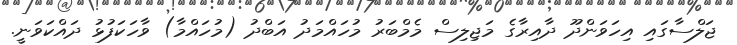
ޖަލްސާގައި އިހަވަންދޫ ދާއިރާގެ މަޖިލިސް މެމްބަރު މުހައްމަދު އަބްދު (މުހައްމާ) ވާހަކަފުޅު ދައްކަވަނީ.